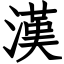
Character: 漢